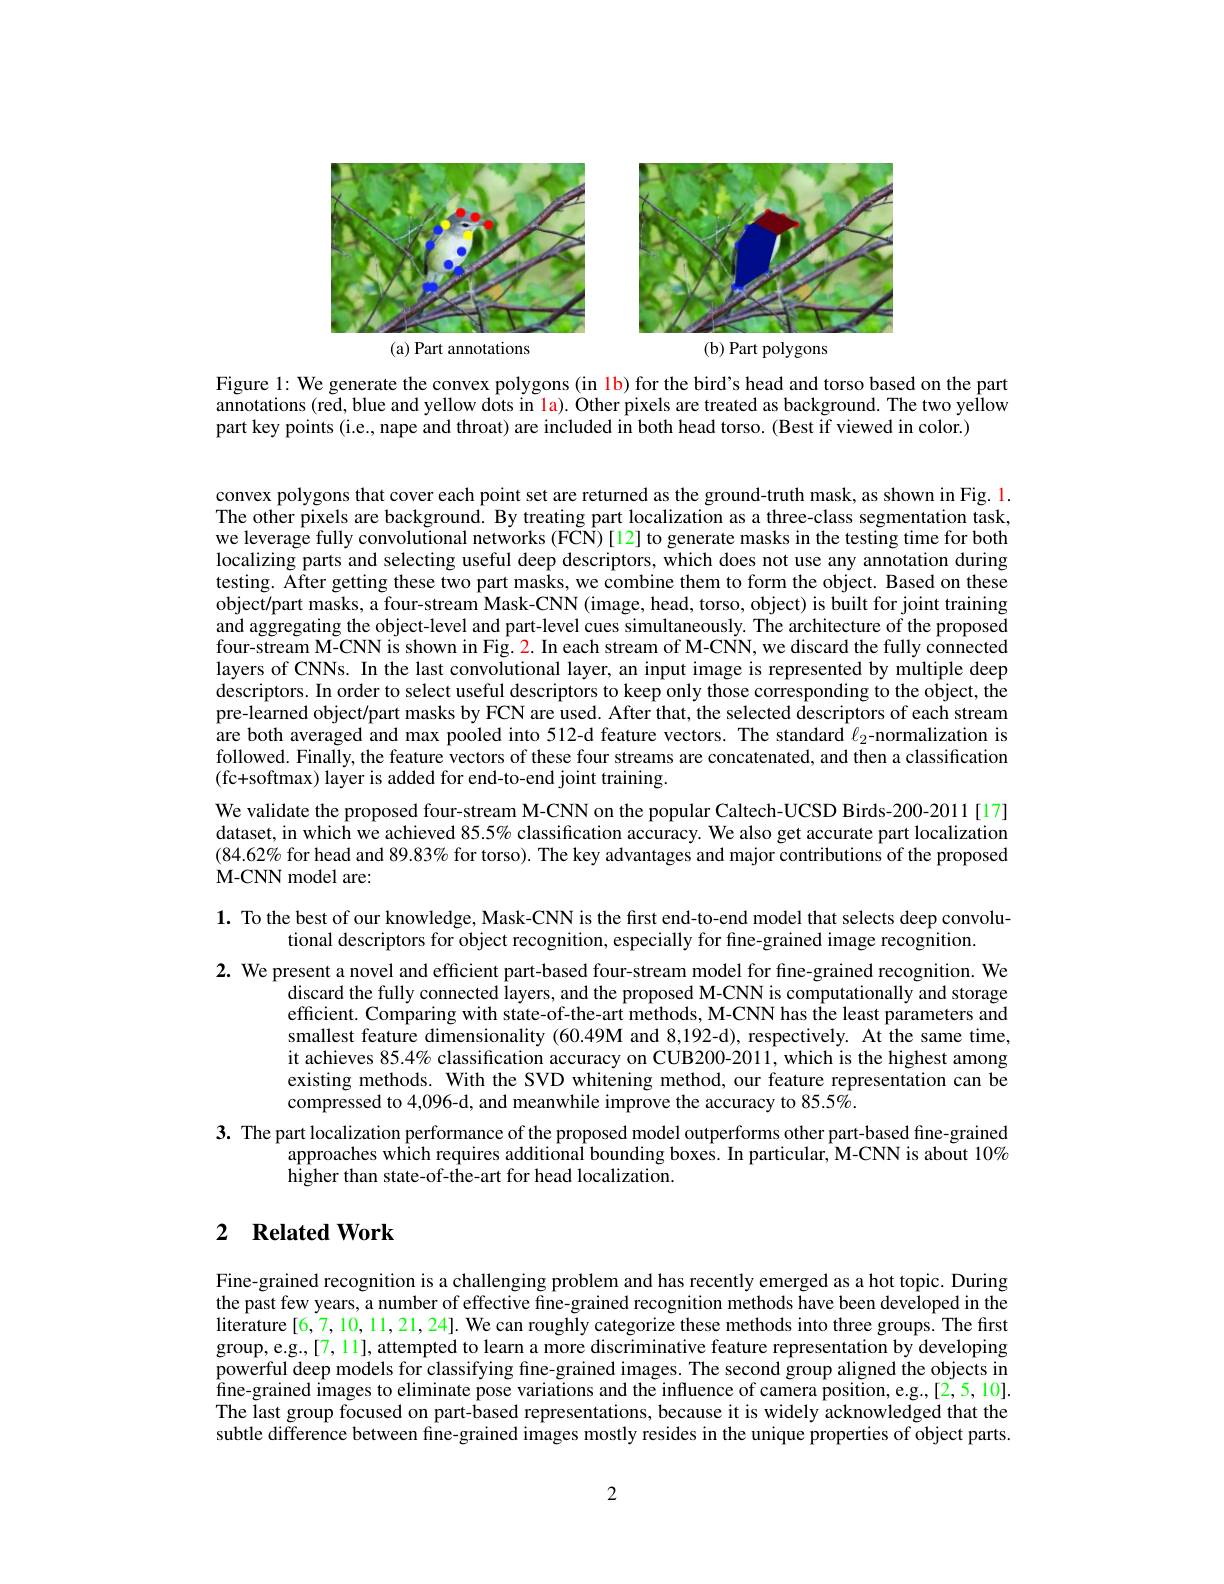
(b) Part polygons

<FigureHere>
(a) Part annotations

Figure 1: We generate the convex polygons (in 1b) for the bird's head and torso based on the part annotations (red, blue and yellow dots in la). Other pixels are treated as background. The two yellow part key points (i.e., nape and throat) are included in both head torso. (Best if viewed in color.)

convex polygons that cover each point set are returned as the ground-truth mask, as shown in Fig. 1. The other pixels are background. By treating part localization as a three-class segmentation task, we leverage fully convolutional networks (FCN)[12] to generate masks in the testing time for both localizing parts and selecting useful deep descriptors, which does not use any annotation during testing. After getting these two part masks, we combine them to form the object. Based on these object/part masks, a four-stream Mask-CNN (image, head, torso, object) is built for joint training and aggregating the object-level and part-level cues simultaneously. The architecture of the proposed four-stream M-CNN is shown in Fig. 2. In each stream of M-CNN, we discard the fully connected layers of CNNs. In the last convolutional layer, an input image is represented by multiple deep descriptors. In order to select useful descriptors to keep only those corresponding to the object, the pre-learned object/part masks by FCN are used. After that, the selected descriptors of each stream are both averaged and max pooled into 512-d feature vectors. The standard $\ell_{2}$-normalization is followed. Finally, the feature vectors of these four streams are concatenated, and then a classification (fc+softmax) layer is added for end-to-end joint training.

We validate the proposed four-stream M-CNN on the popular Caltech-UCSD Birds-200-2011[17] dataset, in which we achieved 85.5% classification accuracy. We also get accurate part localization $(84.62\%$ for head and $89.83\%$ for torso). The key advantages and major contributions of the proposed M-CNN model are:

$\mathbf{1.}$ To the best of our knowledge, Mask-CNN is the first end-to-end model that selects deep convolu-
tional descriptors for object recognition, especially for fine-grained image recognition.
2. We present a novel and efficient part-based four-stream model for fine-grained recognition. We
discard the fully connected layers, and the proposed M-CNN is computationally and storage efficient. Comparing with state-of-the-art methods, M-CNN has the least parameters and smallest feature dimensionality (60.49M and 8,192-d), respectively. At the same time, it achieves $85.4\%$ classification accuracy on CUB200-2011, which is the highest among existing methods. With the SVD whitening method, our feature representation can be compressed to 4,096-d, and meanwhile improve the accuracy to 85.5%.
3. The part localization performance of the proposed model outperforms other part-based fine-grained
approaches which requires additional bounding boxes. In particular, M-CNN is about 10%
higher than state-of-the-art for head localization.

## 2 $\textbf{Related Work}$

Fine-grained recognition is a challenging problem and has recently emerged as a hot topic. During the past few years, a number of effective fine-grained recognition methods have been developed in the literature [6,7,10,11,21,24]. We can roughly categorize these methods into three groups. The first group,e.g.,[7,11],attempted to learn a more discriminative feature representation by developing powerful deep models for classifying fine-grained images. The second group aligned the objects in $\bar{\text{fine-grained images to eliminate pose variations and the influence of camera position, e.g.,[2,5,10]}.}$ The last group focused on part-based representations, because it is widely acknowledged that the subtle difference between fine-grained images mostly resides in the unique properties of object parts.

2